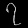
Digit: ၇